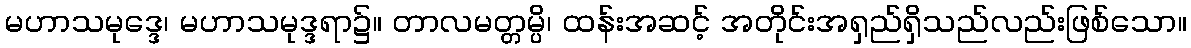
မဟာသမုဒ္ဒေ၊ မဟာသမုဒ္ဒရာ၌။ တာလမတ္တမ္ပိ၊ ထန်းအဆင့် အတိုင်းအရှည်ရှိသည်လည်းဖြစ်သော။